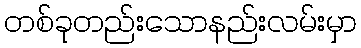
တစ်ခုတည်းသောနည်းလမ်းမှာ